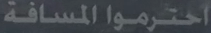
احترمواالمسافة